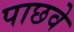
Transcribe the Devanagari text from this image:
पाछवे